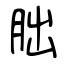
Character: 朏